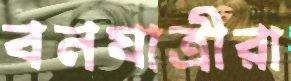
বনযাত্রীরা